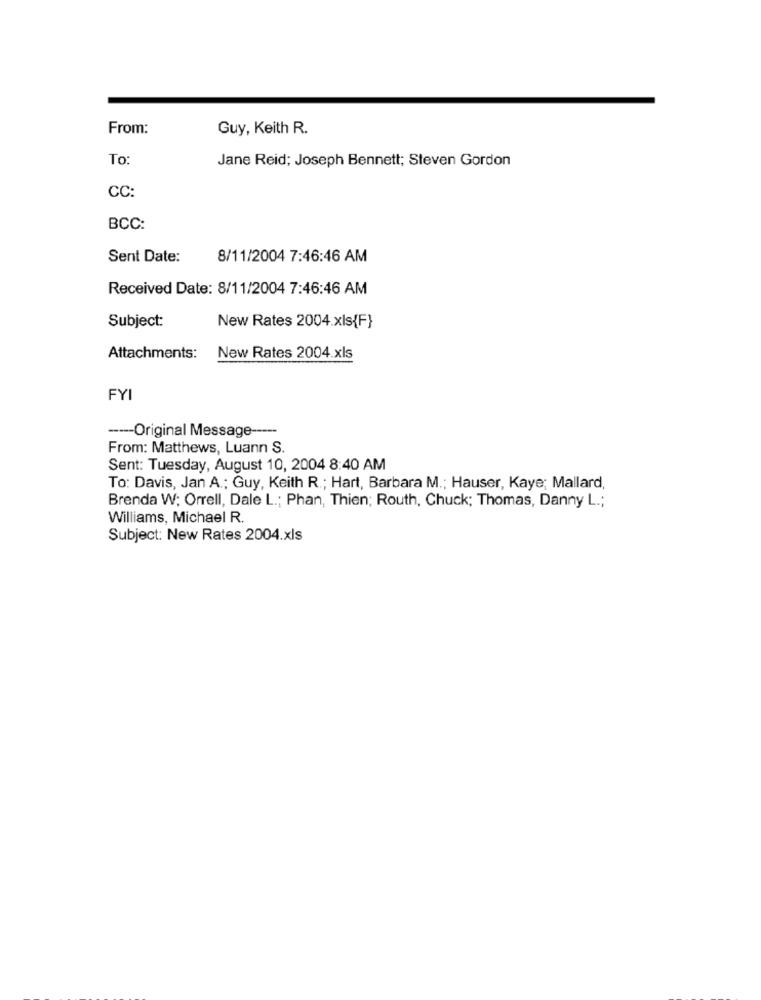
From:
Guy, Keith R.
To
Jane Reid; Joseph Bennett; Steven Gordon
CC:
BCC:
Sent Date:
8/11/2004 7:46:46 AM
Received Date: 8/11/2004 7:46:46 AM
Subject:
New Rates 2004.xls{F}
Attachments: New Rates 2004. xls
FYI
----- Original Message -----
From: Matthews, Luann S.
Sent: Tuesday, August 10, 2004 8:40 AM
To: Davis, Jan A .; Guy, Keith R .; Hart, Barbara M .; Hauser, Kaye; Mallard,
Brenda W; Orrell, Dale L .; Phan, Thien; Routh, Chuck; Thomas, Danny L .;
Williams, Michael R.
Subject: New Rates 2004.xls